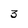
Character: 3